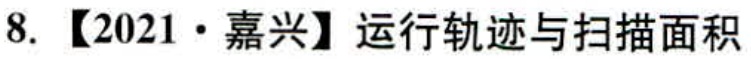
8. 【2021 • 嘉兴】运行轨迹与扫描面积